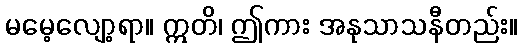
မမေ့လျော့ရာ။ ဣတိ၊ ဤကား အနုသာသနီတည်း။